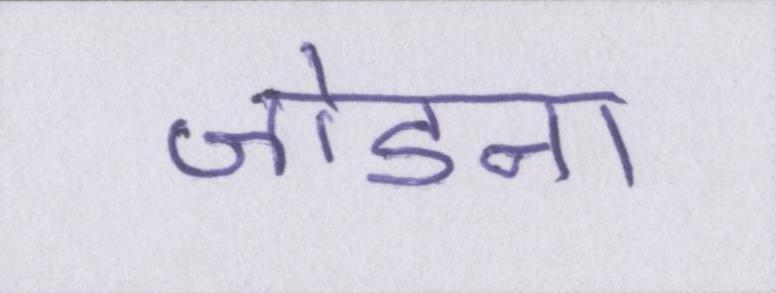
जोडऩा